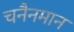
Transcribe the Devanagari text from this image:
चनैनमान